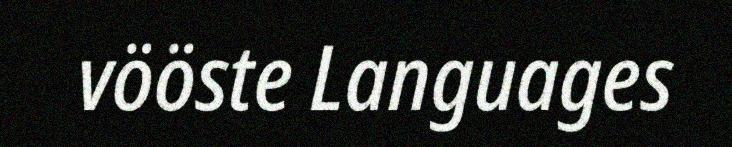
vööste Languages